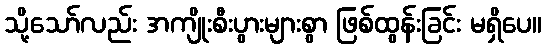
သို့သော်လည်း အကျိုးစီးပွားများစွာ ဖြစ်ထွန်းခြင်း မရှိပေ။